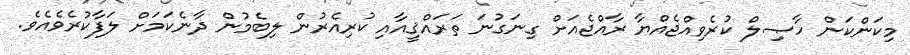
މިކަންކަން ހާޞިލް ކުރެވިއްޖެއްޔާ ރާއްޖެއަށް ގިނަގުނަ ތަރައްޤީއާއި ކުރިއެރުން ލިބެމުން ދާނެކަމަށް ލަފާކުރެވެއެވެ.